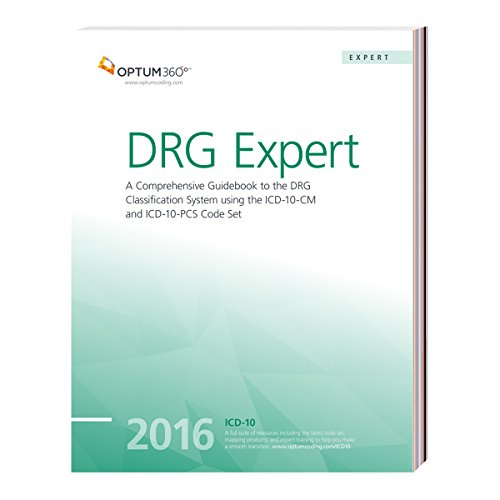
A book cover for DRG Expert 2016: A Comprehensive Guidebook to the DRG Classification System using the ICD-10-CM and ICD-10-PCS Code Set; Optum360; Medical Books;